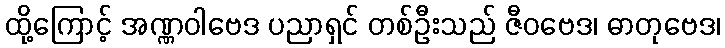
ထို့ကြောင့် အဏ္ဏဝါဗေဒ ပညာရှင် တစ်ဦးသည် ဇီဝဗေဒ၊ ဓာတုဗေဒ၊